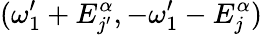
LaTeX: (\omega_{1}^{\prime}+E_{j^{\prime}}^{\alpha},-\omega_{1}^{\prime}-E_{j}^{\alpha})